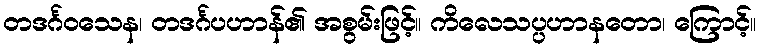
တဒင်္ဂဝသေန၊ တဒင်္ဂပဟာန်၏ အစွမ်းဖြင့်။ ကိလေသပ္ပဟာနတော၊ ကြောင့်။